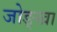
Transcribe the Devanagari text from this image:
जोङ्खा